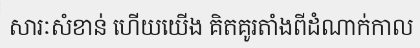
សារៈសំខាន់ ហើយយើង គិតគូរតាំងពីដំណាក់កាល